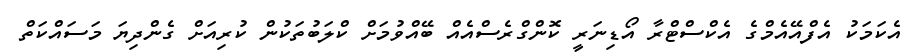
އެކަމަކު އެފްއޭއެމްގެ އެކްސްޓްރާ އޯޑިނަރީ ކޮންގްރެސްއެއް ބޭއްވުމަށް ކްލަބުތަކުން ކުރިއަށް ގެންދިޔަ މަސައްކަތް